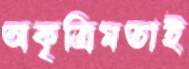
অকৃত্রিমতাই